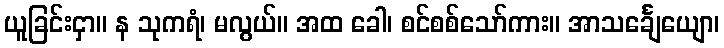
ယူခြင်းငှာ။ န သုကရံ၊ မလွယ်။ အထ ခေါ၊ စင်စစ်သော်ကား။ အာသင်္ချေယျော၊